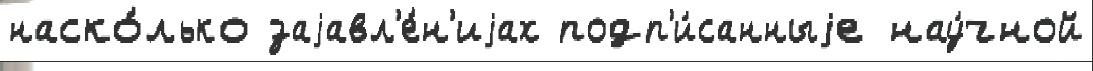
наско́лько заjавл'е́н'иjах подп'и́санныjе нау́чной